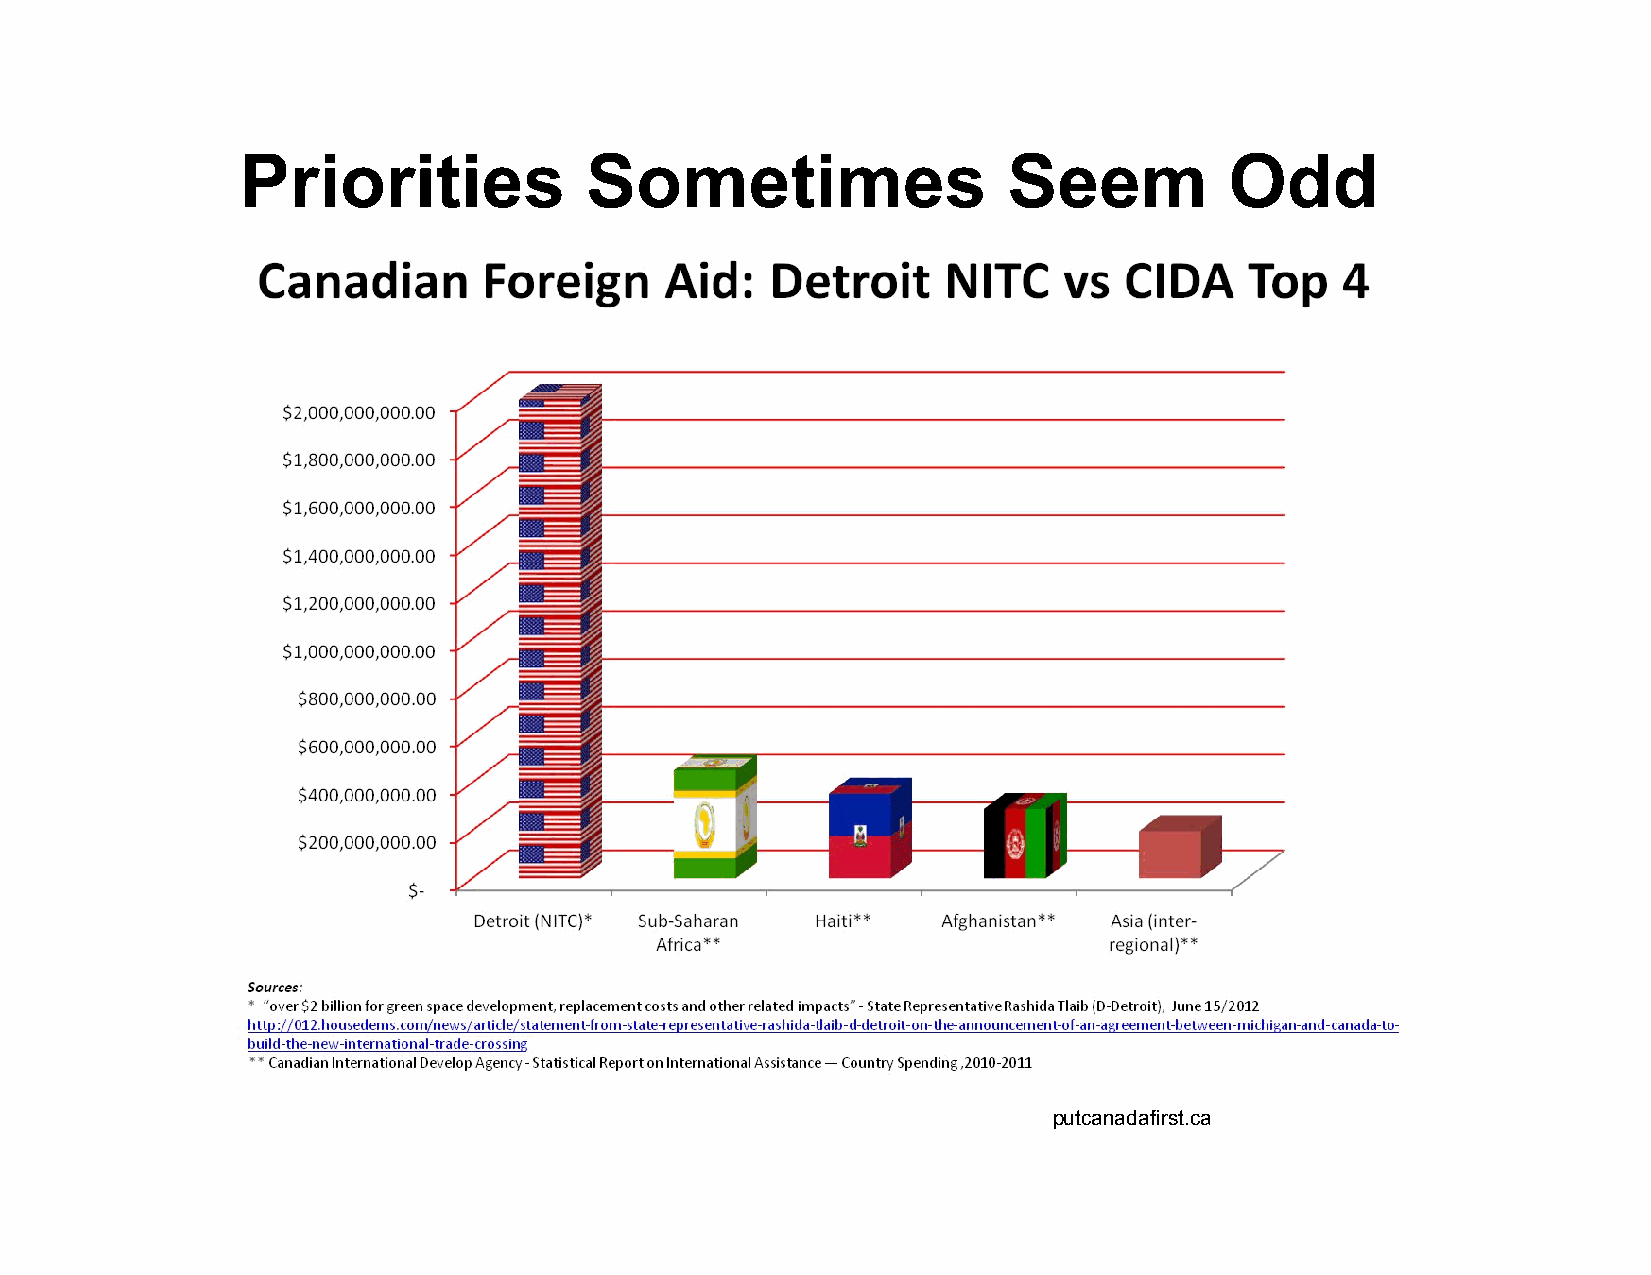
Priorities             Sometimes                   Seem          Odd
 putcanadafirst.ca